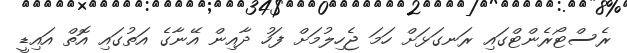
ރެސްޓޯރެންޓްގައި ރަނގަޅަށް ހަމަ ޖެހިލުމަށް ފަހު ދާއިން އޭނާގެ އަތުގައި އޮތް އައިޑީ